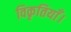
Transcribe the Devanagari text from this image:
विकृतियाँ।